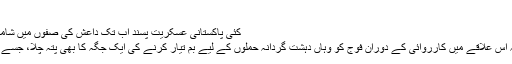
‘‘
کئی پاکستانی عسکریت پسند اب تک داعش کی صفوں میں شامل ہو چکے ہیں
بتایا گیا ہے کہ اس علاقے میں کارروائی کے دوران فوج کو وہاں دہشت گردانہ حملوں کے لیے بم تیار کرنے کی ایک جگہ کا بھی پتہ چلا، جسے تباہ کر دیا گیا۔